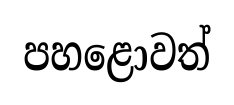
පහළොවත්